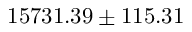
1 5 7 3 1 . 3 9 \pm 1 1 5 . 3 1